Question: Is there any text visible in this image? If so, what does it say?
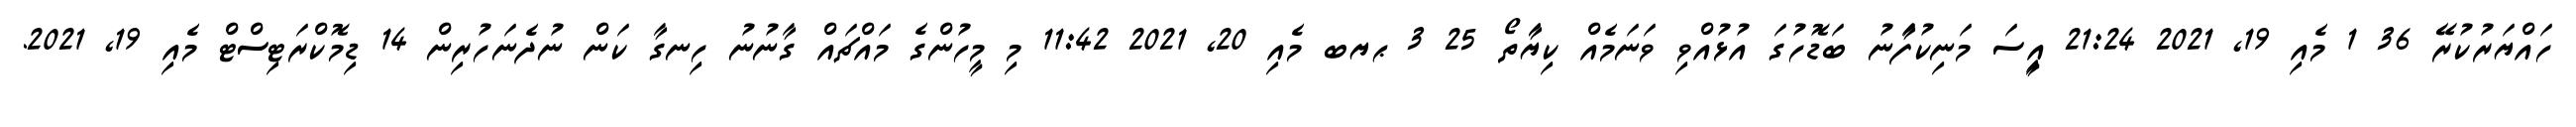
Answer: ހައްޔަރުކުރޭ 36 1 މެއި 19, 2021 21:24 އިީސަ މަނިކުފަާނު ބަޑޮހުގަ އުޅުއްވި ވަނަމެއް ކިޔަާތޯ 25 3 ޙޔބ މެއި 20, 2021 11:42 މި މީހުންގެ މައްޗައް ގާނުނު ހިނގާ ކަން ނުދެނަހުރިން 14 ޑިމޮކްރަޓިސްޓް މެއި 19, 2021.